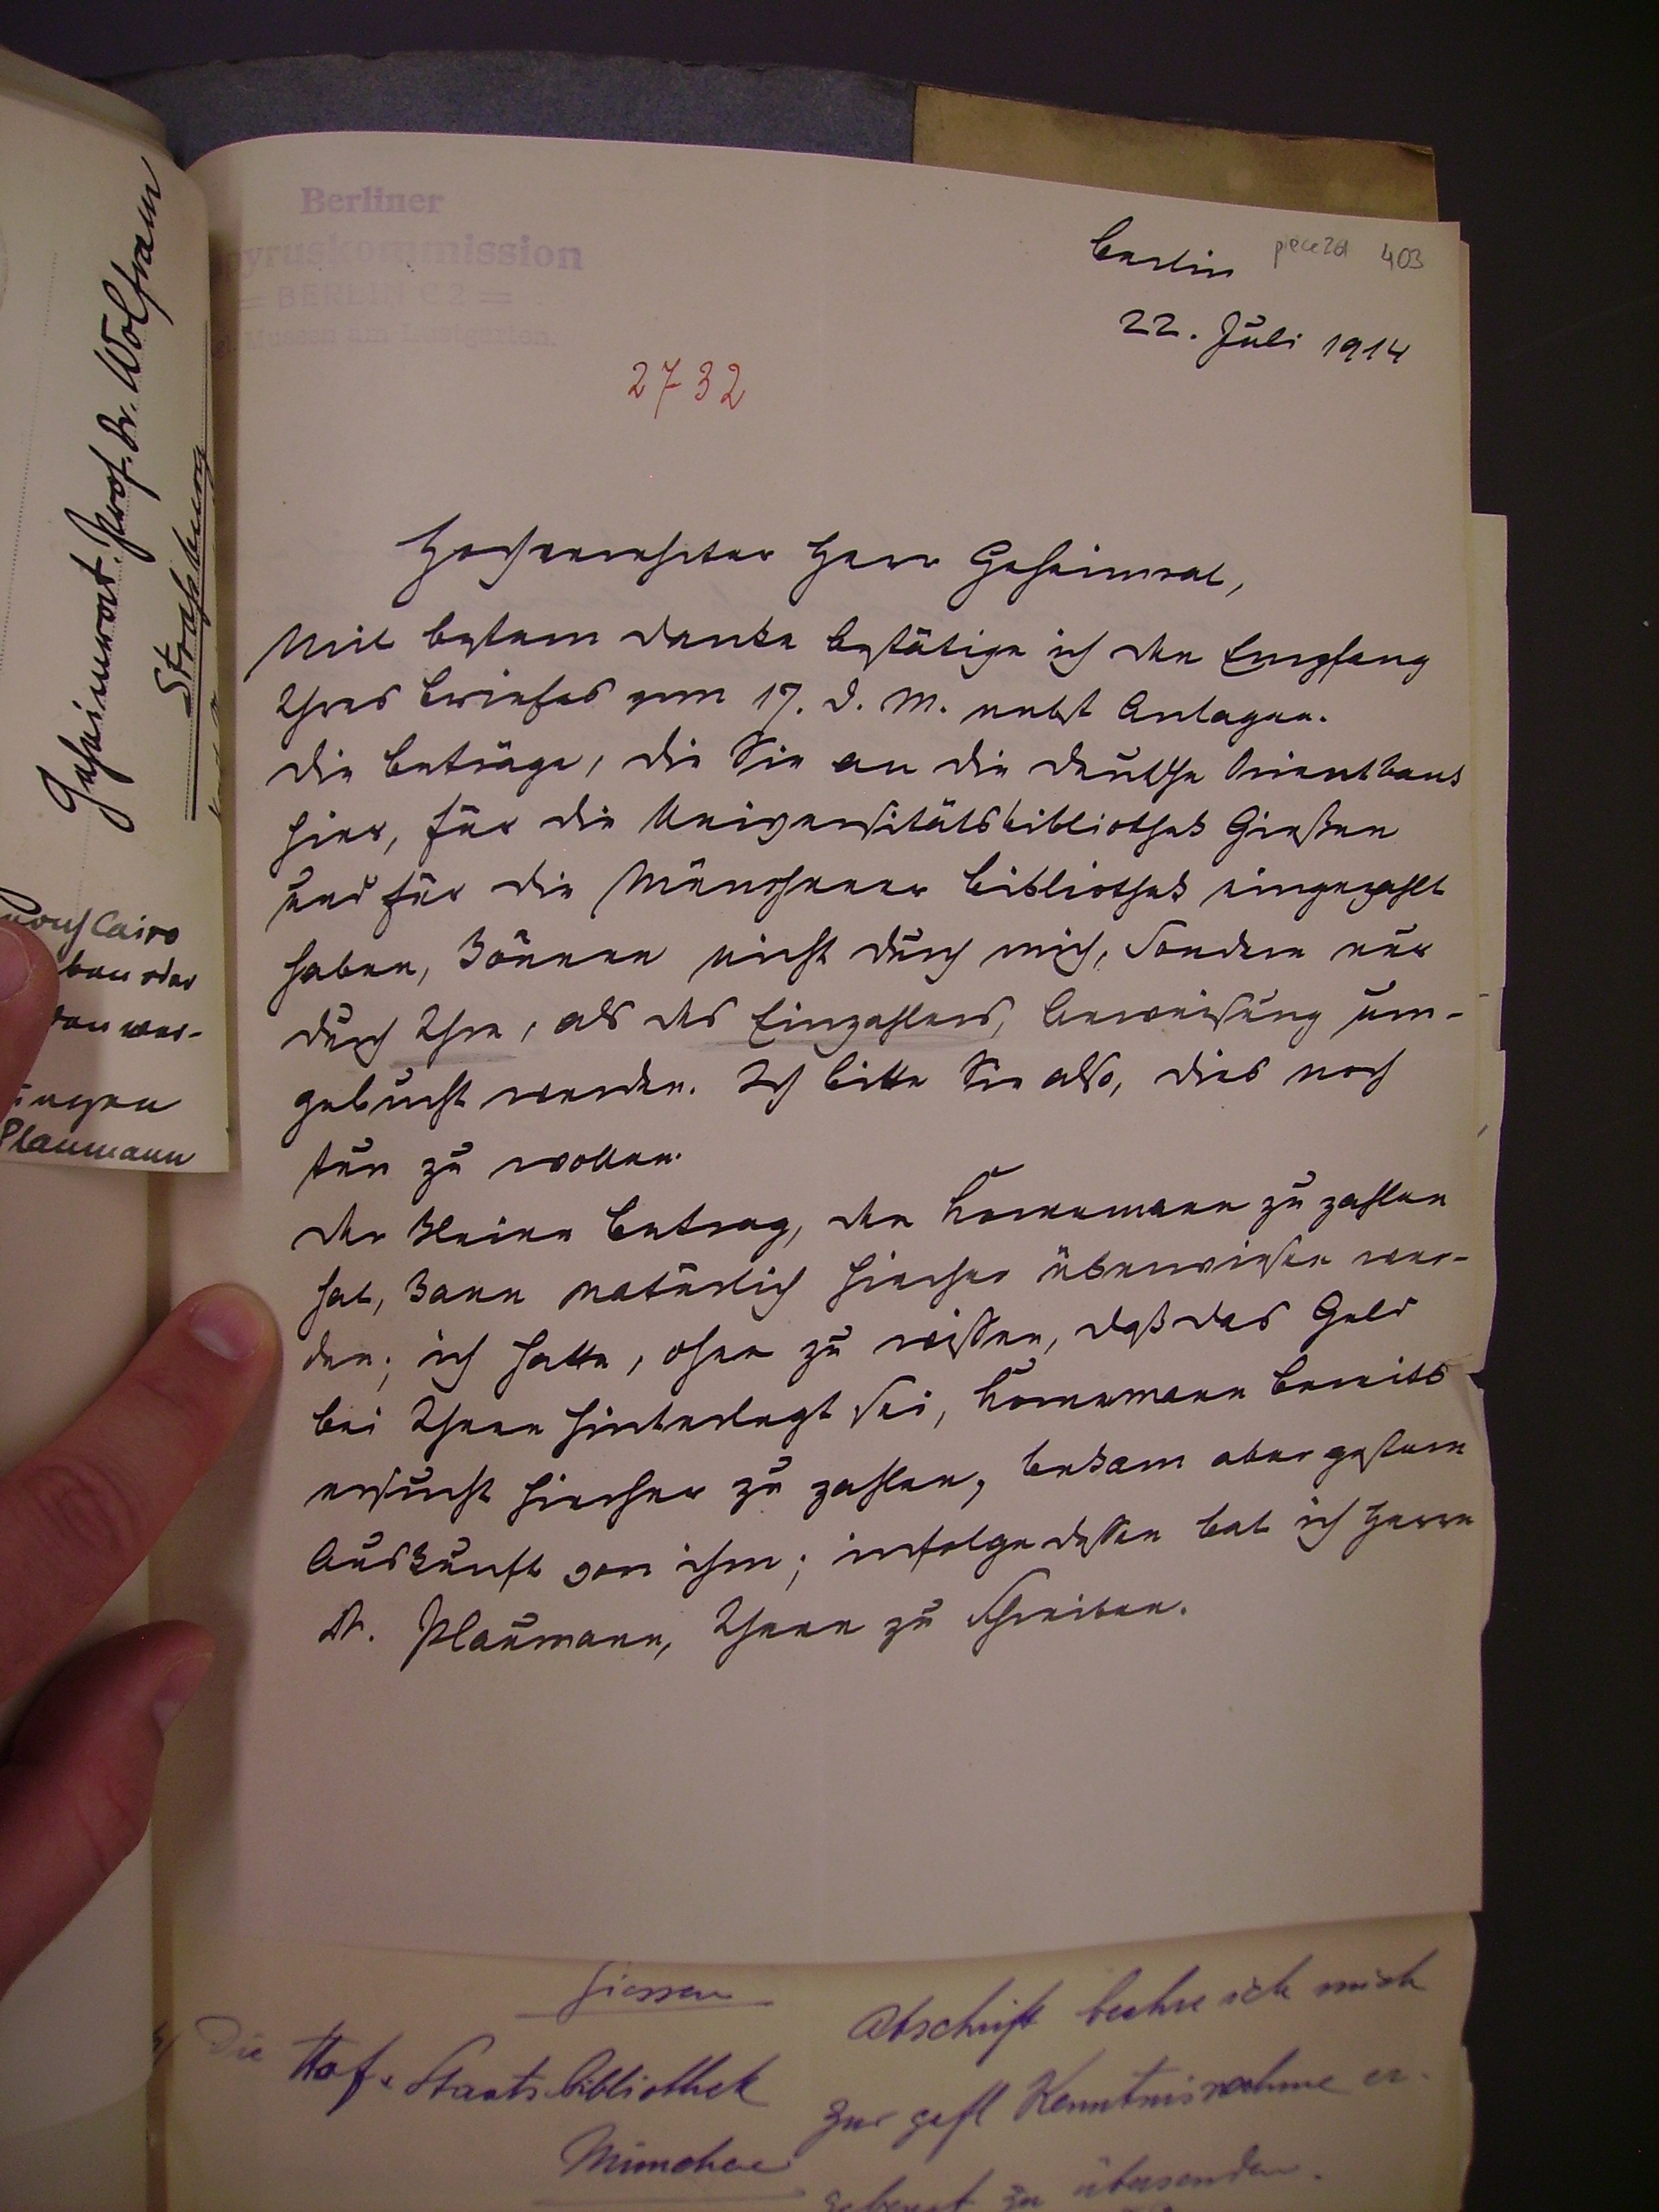
Berlin
22. Juli 1914

hochverehrter Herr Geheimrat,
Mit bestem danke bestätige ich den Empfang
Ihres Briefes vom 17. d.m. nebst Anlagen.
die beträge, die sie an die deutsche Orientbank
hier, für die Universitätsbibliothek Gießen
und für die Münchner bibliothek eingezahlt
haben, können nicht durch mich, sondern nur
durch Ihre, als des Einzahlers, Anweisung um¬
gebucht werden. Ich bitte Sie also, dies noch
tun zu wollen.
den kleinen betrag, den Kornemann zu zahlen
hat, kann natürlich hierfür überwiesen wer¬
den; ich hatte, ohne zu wißen, daß das Geld
bei Ihnen hinterlegt sei, Kornemann bereits
ersucht hierher zu zahlen, bekam aber gestum
auskunft von ihm; infolge dessen bat ich Herrn
Dr. Plaumann, Ihnen zu schreiben.